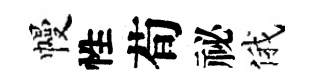
幔性荀祕俄